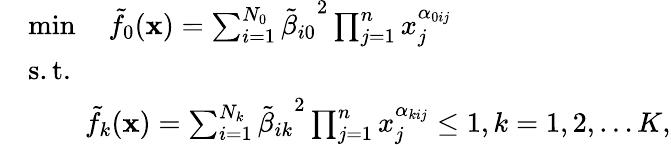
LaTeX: \begin{array}{rl}&{\operatorname*{min}\quad\tilde{f}_{0}{(\textbf{x})}=\sum_{i=1}^{N_{0}}{\tilde{\beta}_{i0}}^{2}\prod_{j=1}^{n}x_{j}^{\alpha_{0ij}}}\\ &{\mathrm{s.t.}}\\ &{\qquad\tilde{f}_{k}{(\textbf{x})}=\sum_{i=1}^{N_{k}}{\tilde{\beta}_{ik}}^{2}\prod_{j=1}^{n}x_{j}^{\alpha_{kij}}\leq 1,k=1,2,\ldots K,}\end{array}